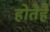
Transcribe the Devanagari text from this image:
होतेहैं